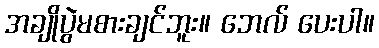
အချိုပွဲမစားချင်ဘူး။ ဘေလ် ပေးပါ။